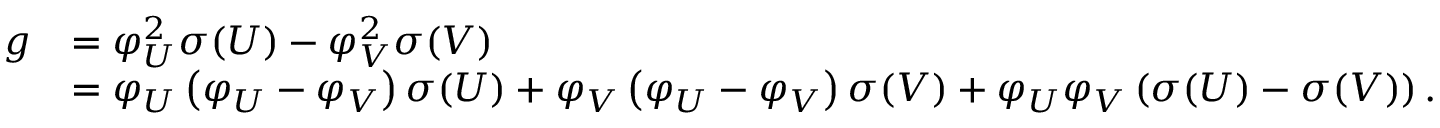
\begin{array} { r l } { g } & { = \varphi _ { U } ^ { 2 } \sigma ( U ) - \varphi _ { V } ^ { 2 } \sigma ( V ) } \\ & { = \varphi _ { U } \left( \varphi _ { U } - \varphi _ { V } \right) \sigma ( U ) + \varphi _ { V } \left( \varphi _ { U } - \varphi _ { V } \right) \sigma ( V ) + \varphi _ { U } \varphi _ { V } \left( \sigma ( U ) - \sigma ( V ) \right) . } \end{array}